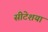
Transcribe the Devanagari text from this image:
सीटेशया